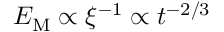
{ \cal E } _ { \mathrm { M } } \propto \xi ^ { - 1 } \propto t ^ { - 2 / 3 }